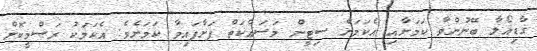
ގާޑިއޯލާ ބޭނުންވާ ކަމަށާއި އެކަމަށް ސިޓީން މަސައްކަތް ފަށާފައިވާ ކަމަށެވެ. އެކަމަކު ރަސްމީކޮށް